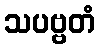
သပဗ္ဗတံ